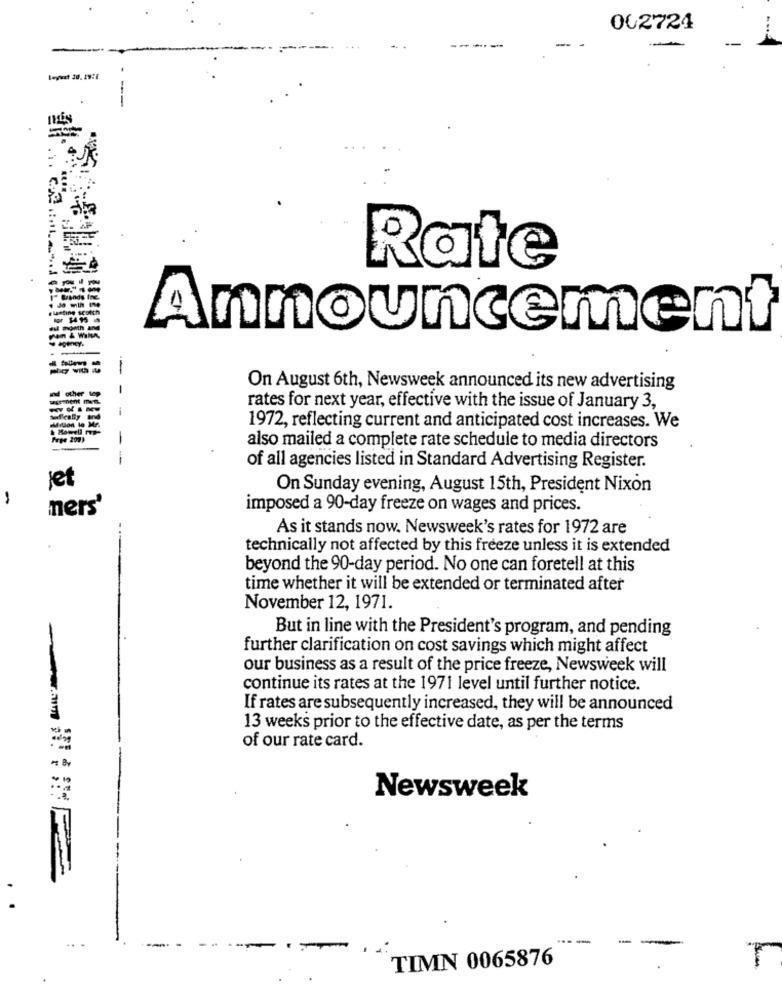
002724
--
--
---
Rate
Announcement
--
On August 6th, Newsweek announced its new advertising
--
-
rates for next year, effective with the issue of January 3,
& Howell P
1972, reflecting current and anticipated cost increases. We
Free 209)
also mailed a complete rate schedule to media directors
--
of all agencies listed in Standard Advertising Register.
et
On Sunday evening, August 15th, President Nixon
1
ners'
imposed a 90-day freeze on wages and prices.
As it stands now. Newsweek's rates for 1972 are
technically not affected by this freeze unless it is extended
beyond the 90-day period. No one can foretell at this
time whether it will be extended or terminated after
November 12, 1971.
But in line with the President's program, and pending
further clarification on cost savings which might affect
our business as a result of the price freeze, Newsweek will
continue its rates at the 1971 level until further notice.
If rates are subsequently increased, they will be announced
13 weeks prior to the effective date, as per the terms
of our rate card.
Newsweek
--
-
TIMN 0065876